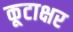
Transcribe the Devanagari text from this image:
कूटाक्षर